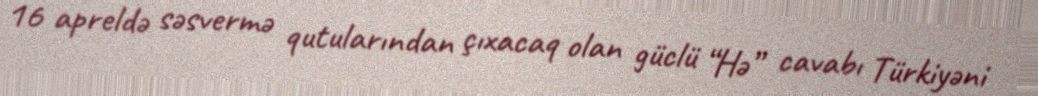
16 apreldə səsvermə qutularından çıxacaq olan güclü “Hə” cavabı Türkiyəni